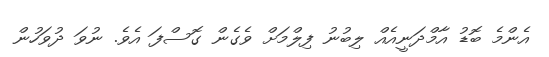
އެންމެ ބޮޑު އާމްދަނީއެއް ލިބުނު ފިލްމަށް ވެގެން ގޮސްފަ އެވެ. ނުވަ ދުވަހުން